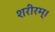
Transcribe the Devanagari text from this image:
शरीरम्।